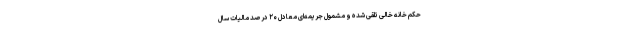
حکم خانه‌ خالی تلقی شده و مشمول جریمه‌ای معادل ۲۰ درصد مالیات سال